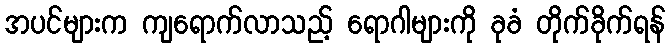
အပင်များက ကျရောက်လာသည့် ရောဂါများကို ခုခံ တိုက်ခိုက်ရန်